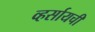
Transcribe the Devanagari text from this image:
व्हर्सायची